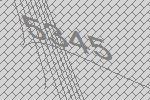
5345